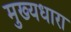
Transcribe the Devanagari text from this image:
मुख्‍यधारा